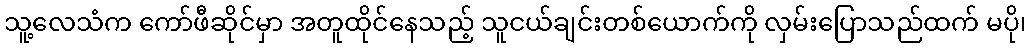
သူ့လေသံက ကော်ဖီဆိုင်မှာ အတူထိုင်နေသည့် သူငယ်ချင်းတစ်ယောက်ကို လှမ်းပြောသည်ထက် မပို၊